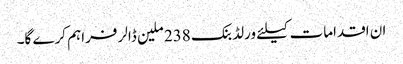
ان اقدامات کیلئے ورلڈ بنک 238 ملین ڈالر فراہم کرے گا۔